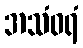
အသံဝရံ